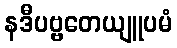
နဒီပဗ္ဗတေယျူပမံ